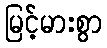
မြင့်မားစွာ